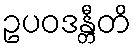
ဥပဝဒန္တီတိ